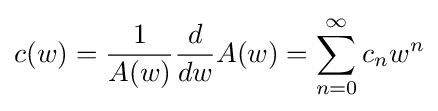
c(w)={\frac {1}{A(w)}}{\frac {d}{dw}}A(w)=\sum _{n=0}^{\infty }c_{n}w^{n}